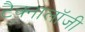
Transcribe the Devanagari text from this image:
टैक्नालॉजी